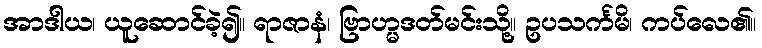
အာဒါယ၊ ယူဆောင်ခဲ့၍။ ရာဇာနံ၊ ဗြာဟ္မဒတ်မင်းသို့။ ဥပသင်္ကမိ၊ ကပ်လေ၏။